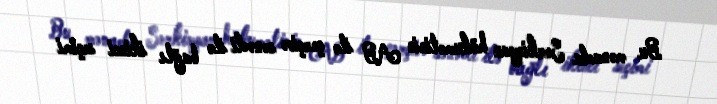
Bu mənada Sərkisyan hökumətinin AB ilə çərçivə sənədi ilə bağlı ikinci seçimi